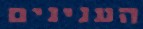
הענינים